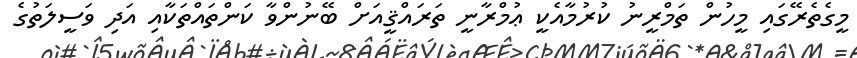
މީގެތެރޭގައި މީހުން ތަމްރީނު ކުރުމާއެކީ ޢުމްރާނީ ތަރައްޤީއަށް ބޭނުންވާ ކަންތައްތަކާއި އަދި ވަސީލަތުގެ